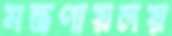
মন্ত্রণায়লয়